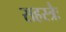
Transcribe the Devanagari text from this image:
सहस्त्रैः